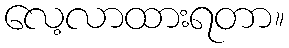
လေ့လာထားရတာ။